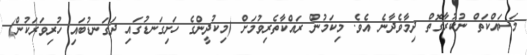
މަސައްކަތް ނުކުރާގޮތް ދިމާވެދާނެ އެވެ. މިކަމުން ރައްކާތެރިވުމަށް (މިކުދީންގެ ހަށިގަނޑުގައި ދަގަނޑުބައި ހުރިވަރަކުން)